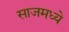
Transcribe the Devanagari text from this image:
साजमध्ये